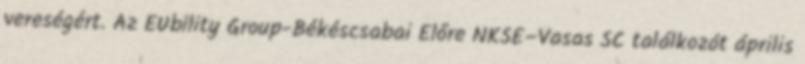
vereségért. Az EUbility Group-Békéscsabai Előre NKSE–Vasas SC találkozót április